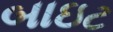
બાઇટ